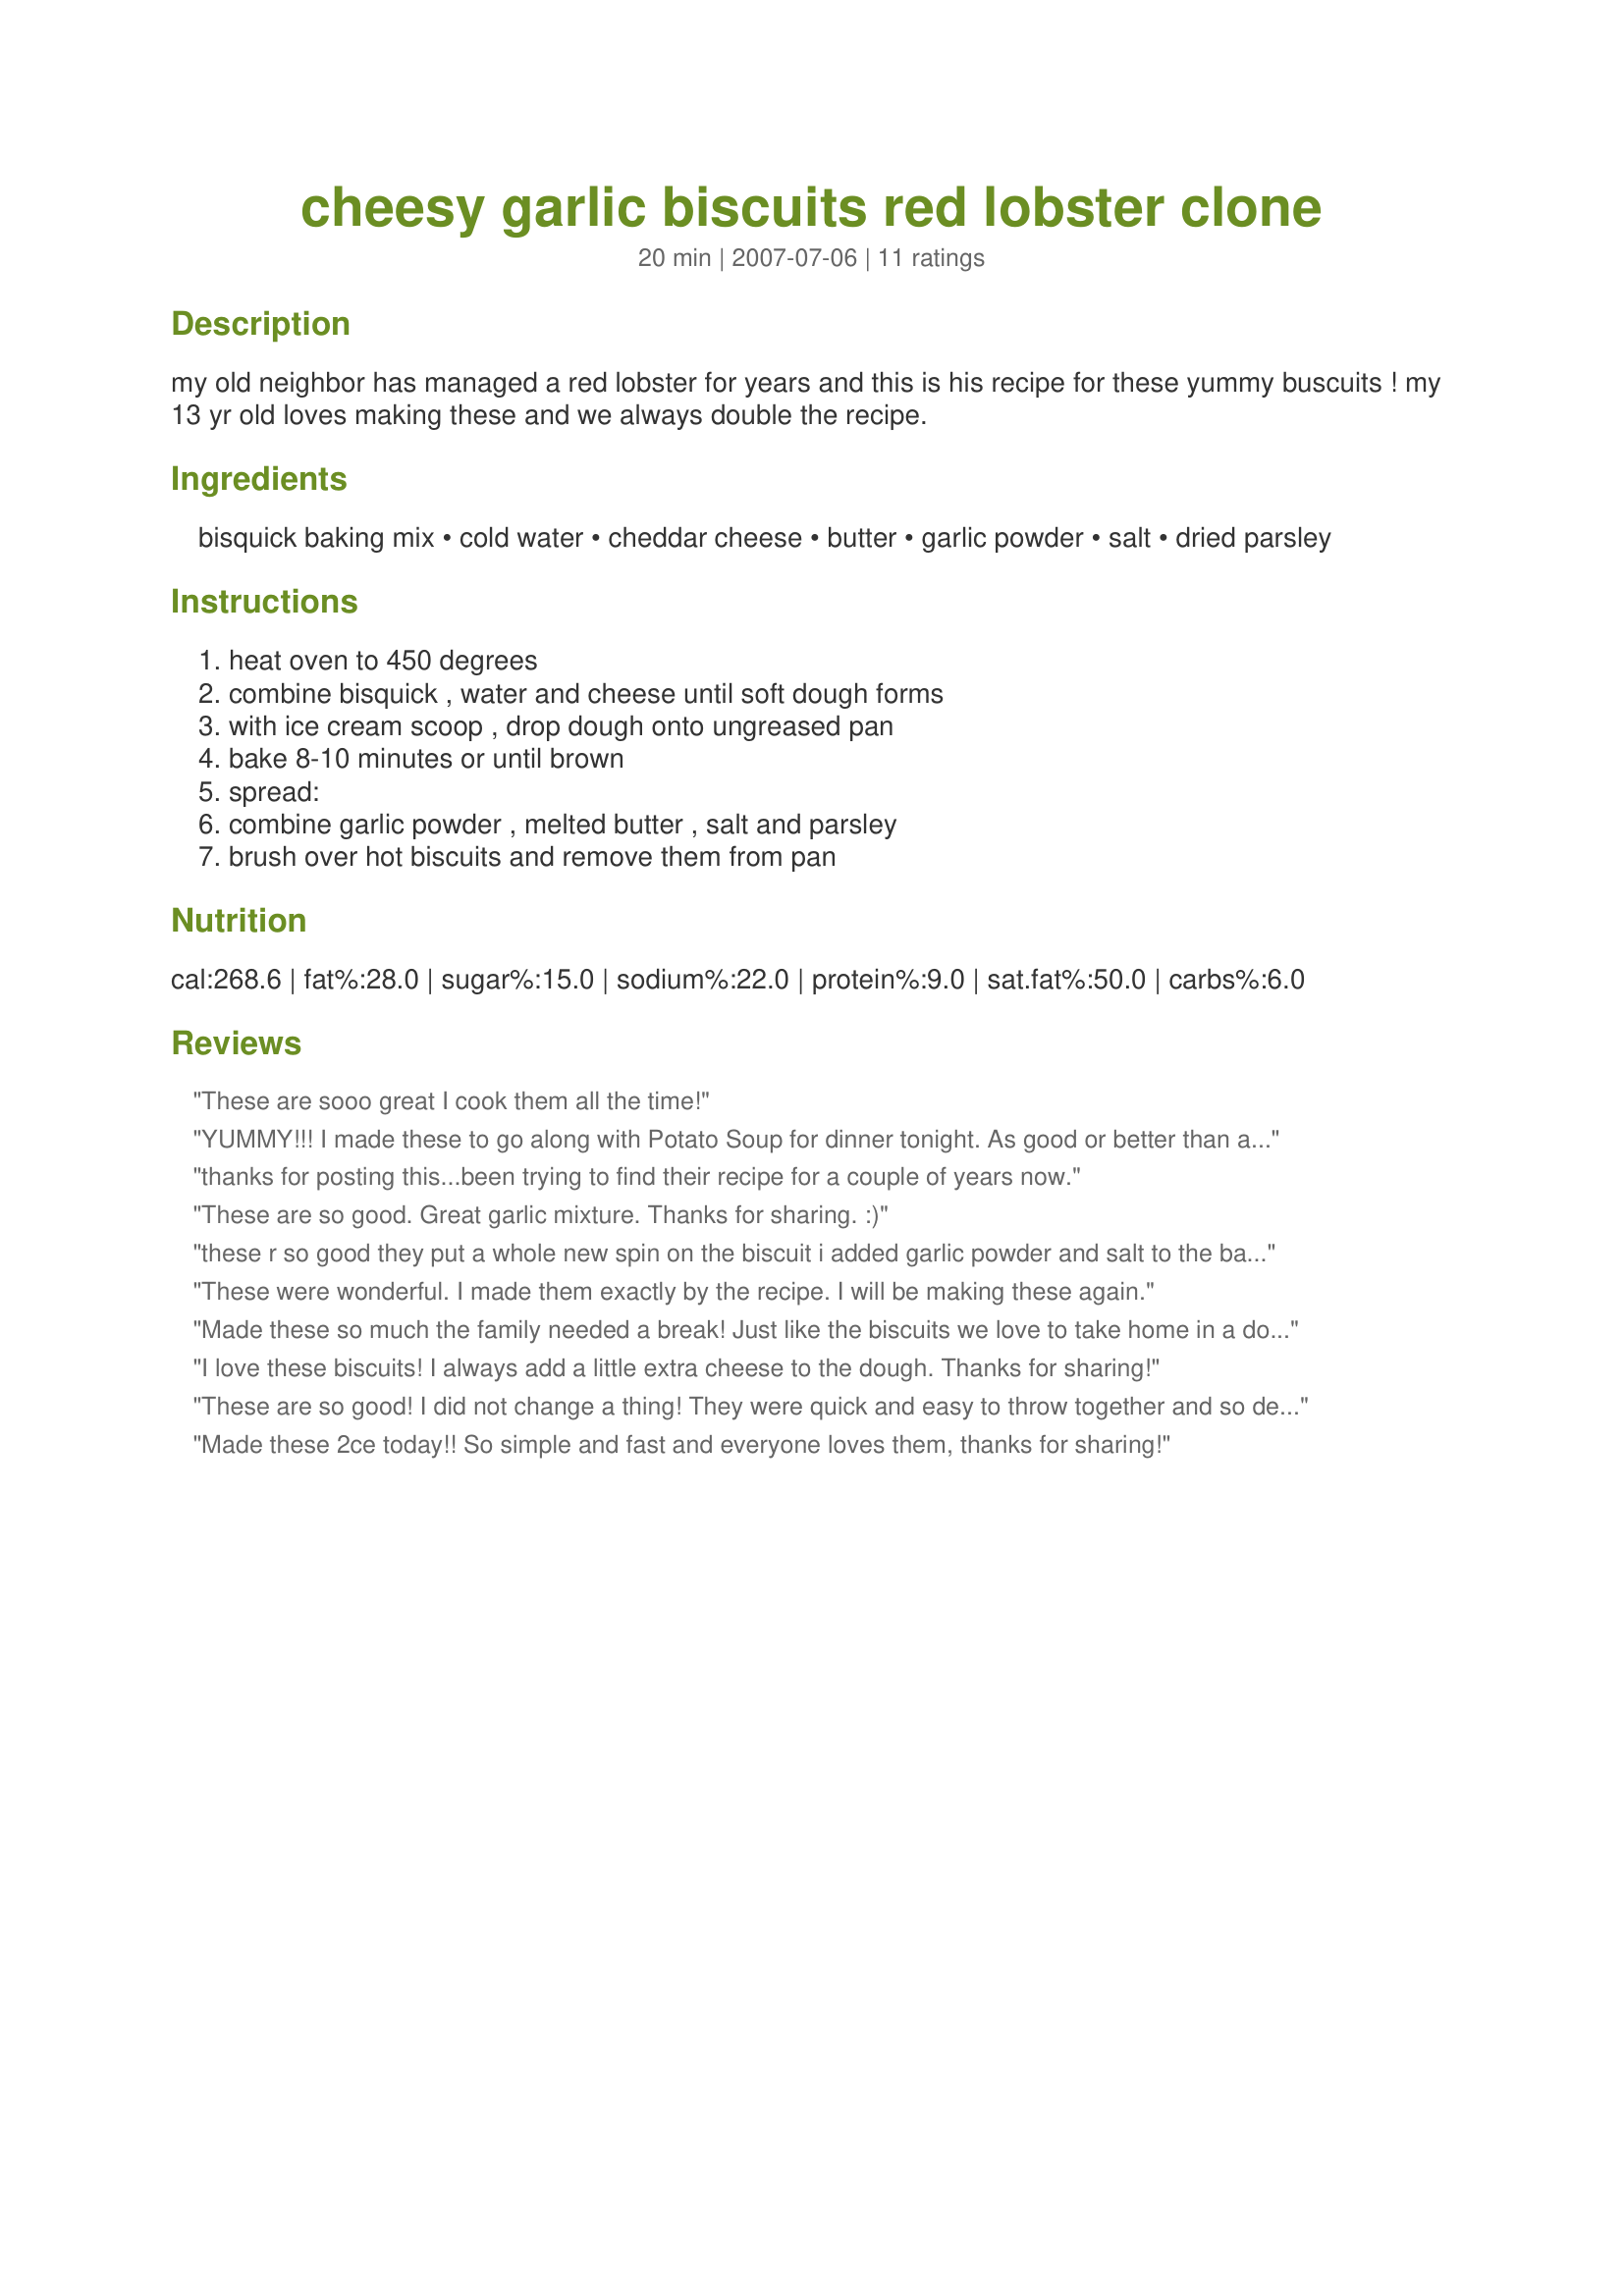
cheesy garlic biscuits red lobster clone
Preparation time: 20 minutes

my old neighbor has managed a red lobster for years and this is his recipe for these yummy buscuits ! my 13 yr old loves making these and we always double the recipe.

Ingredients:
bisquick baking mix, cold water, cheddar cheese, butter, garlic powder, salt, dried parsley

Steps:
heat oven to 450 degrees, combine bisquick , water and cheese until soft dough forms, with ice cream scoop , drop dough onto ungreased pan, bake 8-10 minutes or until brown, spread:, combine garlic powder , melted butter , salt and parsley, brush over hot biscuits and remove them from pan

Reviews:
These are sooo great I cook them all the time!
YUMMY!!! I made these to go along with Potato Soup for dinner tonight. As good or better than any I have ever had at Red Lobster! Thank you for posting this great recipe! I will make these often!! Made for Spring 2009 PAC
thanks for posting this...been trying to find their recipe for a couple of years now.
These are so good. Great garlic mixture. Thanks for sharing. :)
these r so good they put a whole new spin on the biscuit i added garlic powder and salt to the batter as well yummy
These were wonderful. I made them exactly by the recipe. I will be making these again.
Made these so much the family needed a break! Just like the biscuits we love to take home in a doggy bag! It's quick, easy & tastes awesome! Thanks!
I love these biscuits! I always add a little extra cheese to the dough. Thanks for sharing!
These are so good! I did not change a thing! They were quick and easy to throw together and so delicious! I halved the recipe since it is only two of us and it made 6 biscuits! Thanks for a great recipe! [Made for I recommend Tag!]
Made these 2ce today!! So simple and fast and everyone loves them, thanks for sharing!
These are quite yummy! Very quick and easy to make. Made for I Recommend Tag Game.
